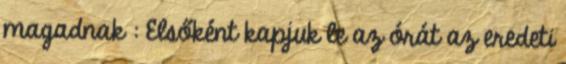
magadnak : Elsőként kapjuk le az órát az eredeti